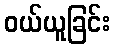
ဝယ်ယူခြင်း